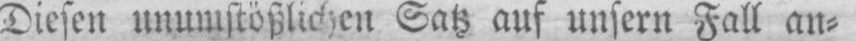
Diesen unumstößlichen Satz auf unsern Fall an⸗